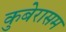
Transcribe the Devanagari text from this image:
कुबेरासम